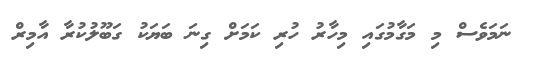
ނަމަވެސް މި މަގާމުގައި މިހާރު ހުރި ކަމަށް ގިނަ ބަޔަކު ގަބޫލުކުރާ އާމިރް